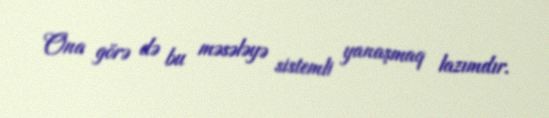
Ona görə də bu məsələyə sistemli yanaşmaq lazımdır.